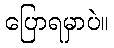
ပြောရမှာပဲ။